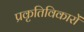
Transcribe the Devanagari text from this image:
प्रकृतिविकारों